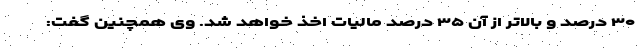
۳۰ درصد و بالاتر از آن ۳۵ درصد مالیات اخذ خواهد شد. وی همچنین گفت: